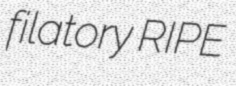
filatory RIPE